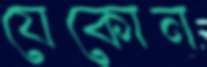
যেকোন